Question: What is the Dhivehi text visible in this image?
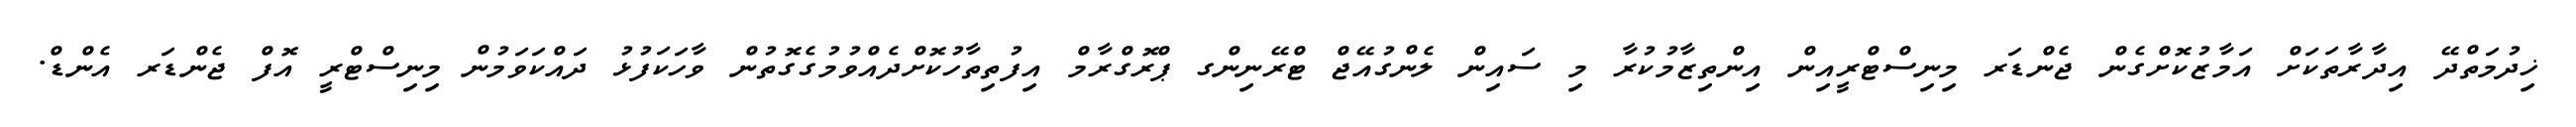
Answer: ޚިދުމަތްދޭ އިދާރާތަކަށް އަމާޒުކޮށްގެން ޖެންޑަރ މިނިސްޓްރީއިން އިންތިޒާމުކުރާ މި ސައިން ލެންގުއޭޖް ޓްރޭނިންގ ޕްރޮގްރާމް އިފުތިތާހުކޮށްދެއްވުމުގެގޮތުން ވާހަކަފުޅު ދައްކަވަމުން މިނިސްޓްރީ އޮފް ޖެންޑަރ އެންޑް.